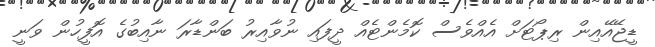
ޑީޖޭއޭއިން ރިޕޯޓަށް އެއްވެސް ކޮމެންޓެއް ދީފައި ނުވާއިރު ބަންޑާރަ ނާއިބުގެ އޮފީހުން ވަނީ